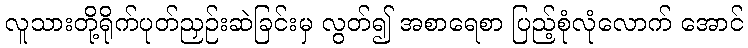
လူသားတို့ရိုက်ပုတ်ညှဉ်းဆဲခြင်းမှ လွတ်၍ အစာရေစာ ပြည့်စုံလုံလောက် အောင်